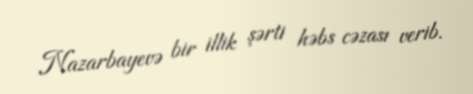
Nazarbayevə bir illik şərti həbs cəzası verib.